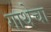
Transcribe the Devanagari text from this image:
गाथेचा